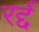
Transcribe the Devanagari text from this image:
रर्द्द